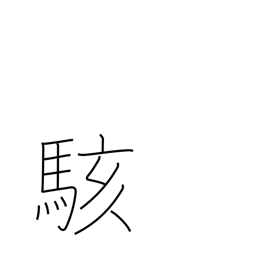
Meaning: be surprised